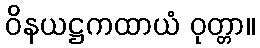
ဝိနယဋ္ဌကထာယံ ဝုတ္တာ။